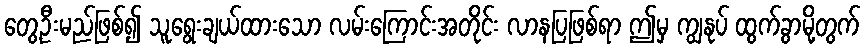
တွေ့ဦးမည်ဖြစ်၍ သူရွေးချယ်ထားသော လမ်းကြောင်းအတိုင်း လာနပြဖြစ်ရာ ဤမှ ကျွနုပ် ထွက်ခွာမို့တွက်